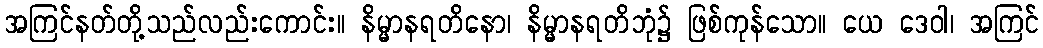
အကြင်နတ်တို့သည်လည်းကောင်း။ နိမ္မာနရတိနော၊ နိမ္မာနရတိဘုံ၌ ဖြစ်ကုန်သော။ ယေ ဒေဝါ၊ အကြင်